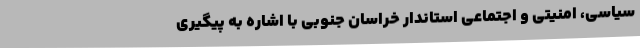
سیاسی، امنیتی و اجتماعی استاندار خراسان‌ جنوبی با اشاره به پیگیری